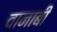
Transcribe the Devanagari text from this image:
वानाबी